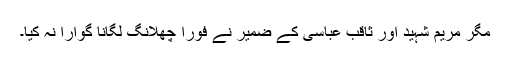
مگر مریم شہید اور ثاقب عباسی کے ضمیر نے فوراً چھلانگ لگانا گوارا نہ کیا۔